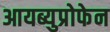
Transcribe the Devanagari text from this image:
आयब्युप्रोफेन